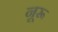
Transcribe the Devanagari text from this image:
नूरू